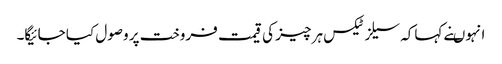
انہوںنے کہاکہ سیلز ٹیکس ہر چیز کی قیمت فروخت پر وصول کیا جائیگا۔